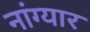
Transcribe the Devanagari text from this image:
नांग्यार